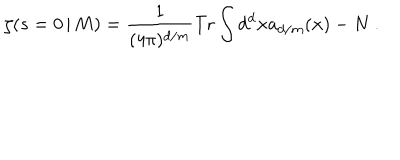
LaTeX: \zeta ( s = 0 \, | \, M ) = { \frac { 1 } { ( 4 \pi ) ^ { d / m } } } \mathrm { T r } \int d ^ { d } { \bf x } a _ { d / m } ( { \bf x } ) - N \ .